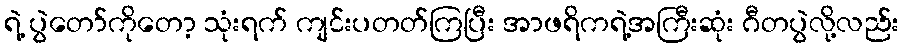
ရဲ့ ပွဲတော်ကိုတော့ သုံးရက် ကျင်းပတတ်ကြပြီး အာဖရိကရဲ့အကြီးဆုံး ဂီတပွဲလို့လည်း